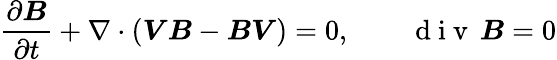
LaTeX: \frac{\partial\boldsymbol{B}}{\partial t}+\nabla\cdot({\boldsymbol{V}}{\boldsymbol{B}}-{\boldsymbol{B}}{\boldsymbol{V}})=0,\qquad\mathrm{~d~i~v~}\, {\boldsymbol{B}}=0